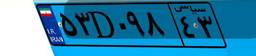
۲۶D۵۱۲۸۲